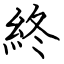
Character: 終